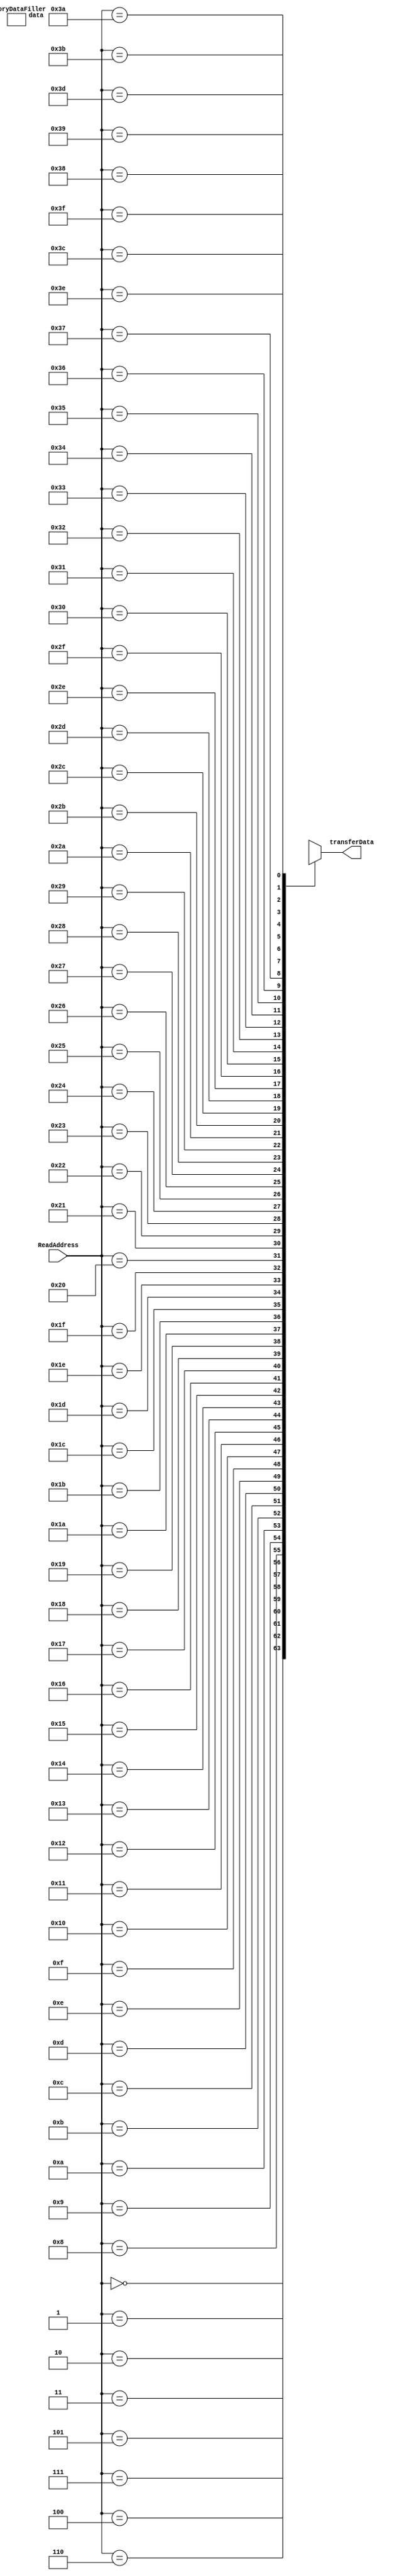

module InstructionMemory( ReadAddress ,transferData ); // half kilobyte ram , 8-bit words
wire [4095:0] storeddData ;
reg [63:0] memory [63:0] ; 
input [5:0] ReadAddress; 
output wire [63:0] transferData ;
integer i ; 

MemoryDataFiller MDF( storeddData );

always @* 
begin
for(i=0;i<63;i=i+1)
memory[i] = storeddData[i*64 +: 64] ;

end

assign transferData = memory[ReadAddress]; 

endmodule


module MemoryDataFiller(data);
output reg [4095:0] data ;
integer i ;

initial 
begin
for(i=0;i<63;i=i+1)
data[i*64 +: 64] <= {{58{1'b0}},i[5:0]}; // fills memory with numbers 0 to 63 in length and format of 64-bit 
end

endmodule